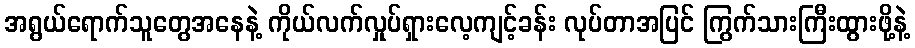
အရွယ်ရောက်သူတွေအနေနဲ့ ကိုယ်လက်လှုပ်ရှားလေ့ကျင့်ခန်း လုပ်တာအပြင် ကြွက်သားကြီးထွားဖို့နဲ့